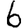
Digit: 6